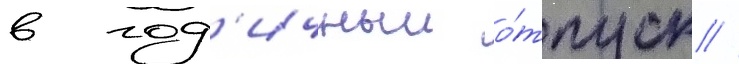
в год'ичныи о́тпуск //